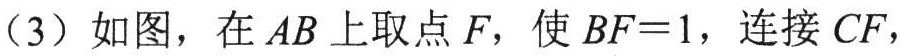
（3）如图，在\(AB\)上取点\(F\)，使\(BF = 1\)，连接\(CF\)，